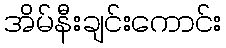
အိမ်နီးချင်းကောင်း